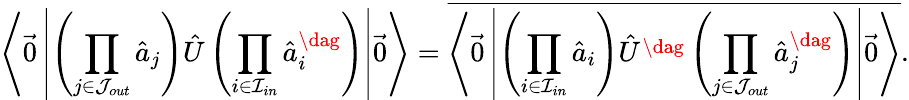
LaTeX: \left\langle\vec{0}\left|\left(\prod_{j\in\mathcal{J}_{out}}\hat{a}_{j}\right)\hat{U}\left(\prod_{i\in\mathcal{I}_{in}}\hat{a}_{i}^{\dag}\right)\right|\vec{0}\right\rangle=\overline{{\left\langle\vec{0}\left|\left(\prod_{{i\in\mathcal{I}_{in}}}\hat{a}_{i}\right)\hat{U}^{\dag}\left(\prod_{j\in\mathcal{J}_{out}}\hat{a}_{j}^{\dag}\right)\right|\vec{0}\right\rangle}}.